Annual report of the Punjab Veterinary College and of the Civil Veterinary Department, Punjab - 1926-1932
Year: 1926
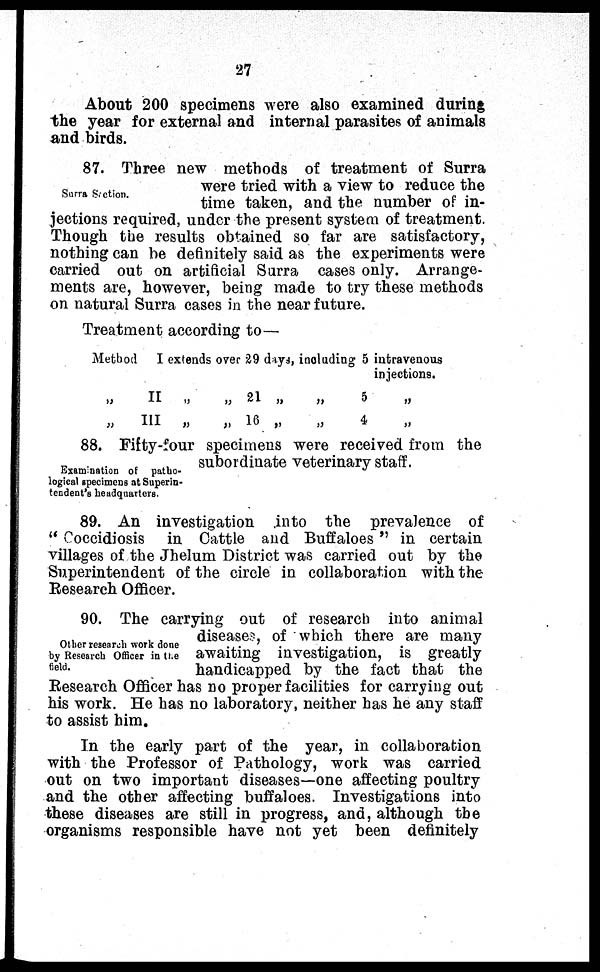
27
About 200 specimens were also examined during
the year for external and internal parasites of animals
and birds.
Surra Section.
87. Three new methods of treatment of Surra
were tried with a view to reduce the
time taken, and the number of in-
jections required, under the present system of treatment.
Though the results obtained so far are satisfactory,
nothing can be definitely said as the experiments were
carried out on artificial Surra cases only. Arrange-
ments are, however, being made to try these methods
on natural Surra cases in the near future.
Treatment according to —
Method I extends over 29 days, including 5 intravenous
injections.
„
„
II
III
„
„
„
„
21
16
„
„
„
„
5
4
„
„
Examination of patho-
logical specimens at Superin-
tendent's headquarters.
88. Fifty-four specimens were received from the
subordinate veterinary staff.
89. An investigation into the prevalence of
" Coccidiosis in Cattle and Buffaloes " in certain
villages of the Jhelum District was carried out by the
Superintendent of the circle in collaboration with the
Research Officer.
Other research work done
by Research Officer in the
field.
90. The carrying out of research into animal
disease, of which there are many
awaiting investigation, is greatly
handicapped by the fact that the
Research Officer has no proper facilities for carrying out
his work. He has no laboratory, neither has he any staff
to assist him.
In the early part of the year, in collaboration
with the Professor of Pathology, work was carried
out on two important diseases—one affecting poultry
and the other affecting buffaloes. Investigations into
these diseases are still in progress, and, although the
organisms responsible have not yet been definitely